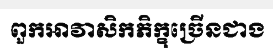
ពួកអាវាសិកភិក្ខុច្រើនជាង